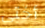
أختى